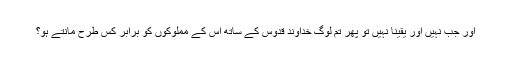
اور جب نہیں اور یقینا نہیں تو پھر تم لوگ خداوند قدوس کے ساتھ اس کے مملوکوں کو برابر کس طرح مانتے ہو؟